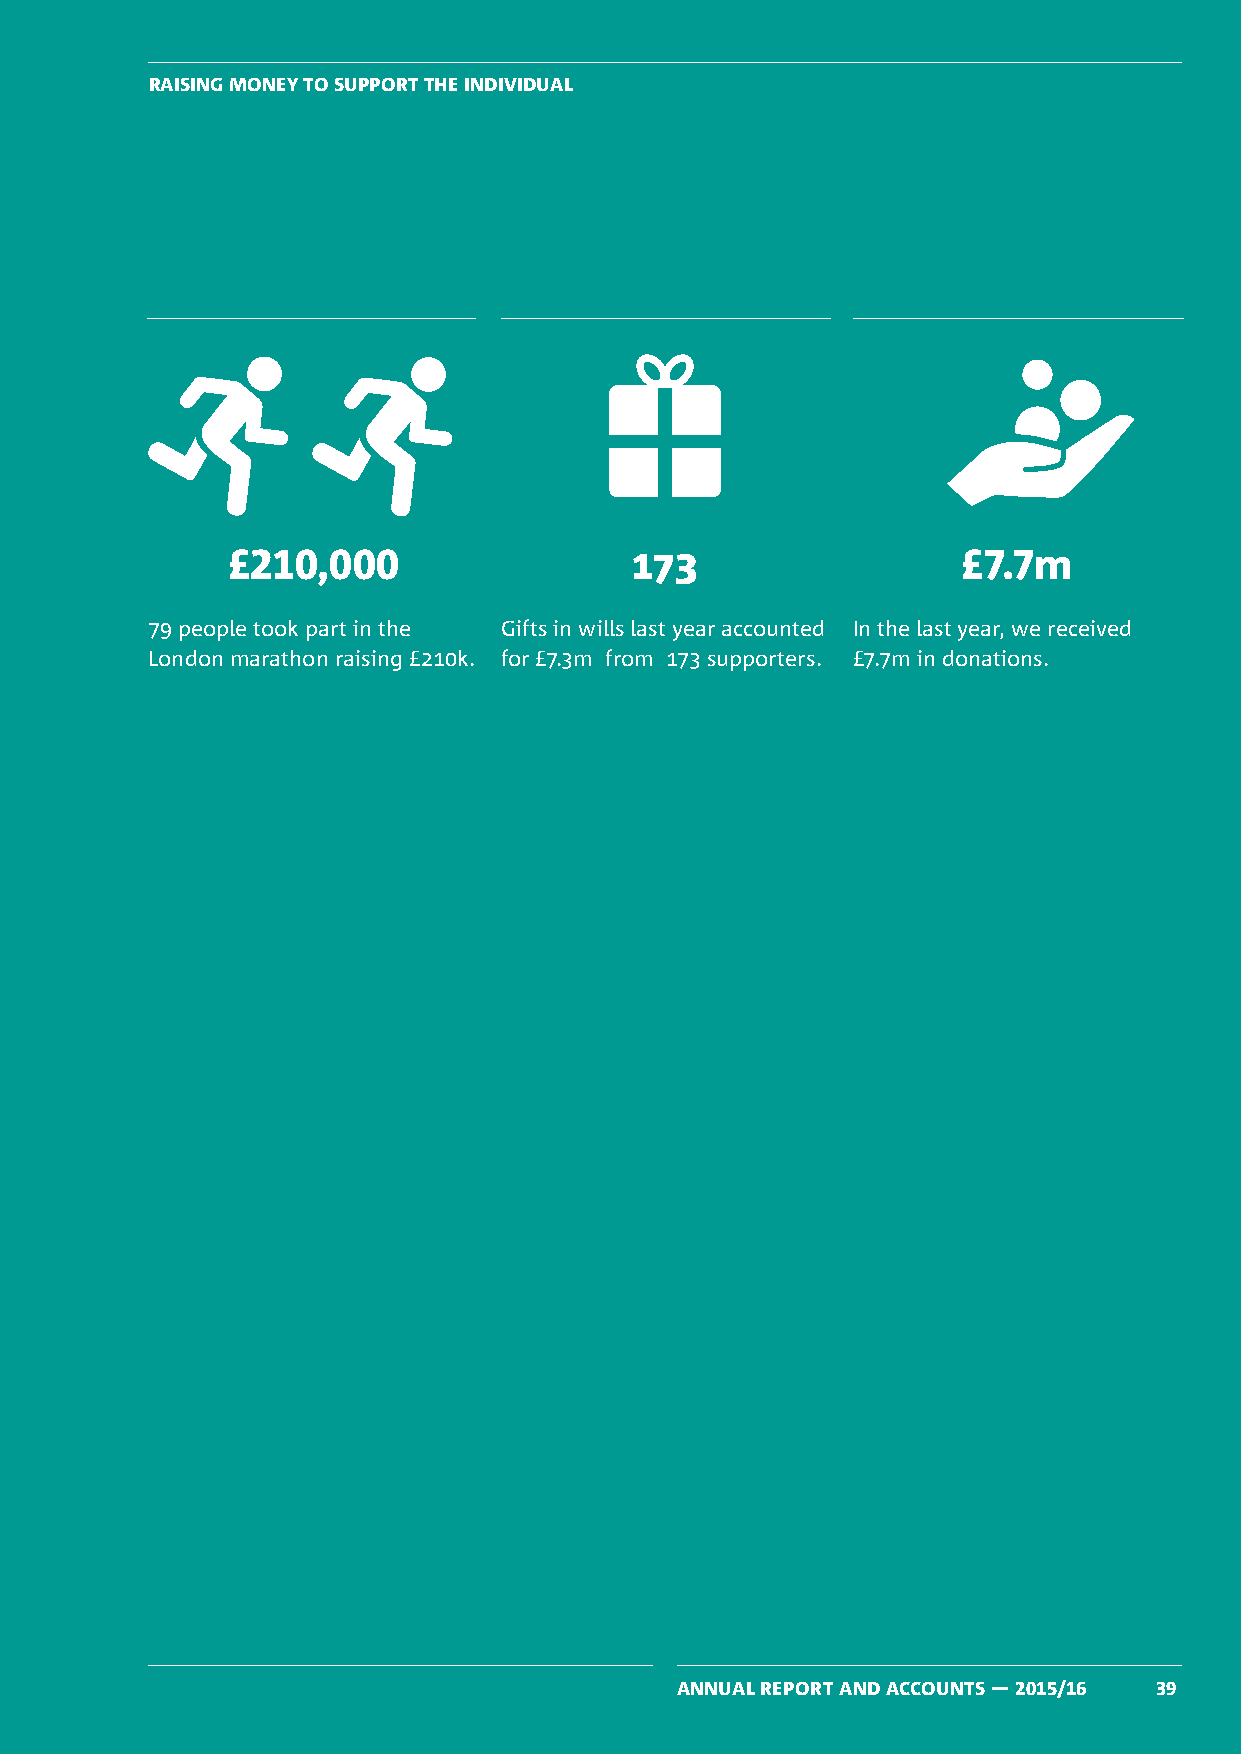
RAISING MONEY TO SUPPORT THE INDIVIDUAL
 £210,000                   173                   £7.7m
 79 people took part in the Gifts in wills last year accounted In the last year, we received
 London marathon raising £210k. for £7.3m from 173 supporters. £7.7m in donations.
 ANNUAL REPORT AND ACCOUNTS — 2015/16 39